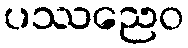
ပဿညေဝ